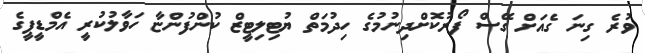
ވުރެ ގިނަ ގެއަށް ގޭސް ފޯރުކޮށްދިނުމުގެ ހިދުމަތް ޔުޓިލިޓީޒް ކުންފުންޏާ ހަވާލުކުރީ އެމްޑީޕީގެ